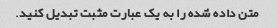
متن داده شده را به یک عبارت مثبت تبدیل کنید.